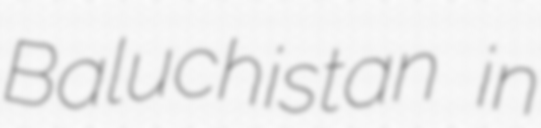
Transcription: Baluchistan in